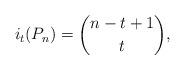
LaTeX: \begin{align*}i_t(P_n)=\binom{n-t+1}{t},\end{align*}